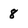
Character: 8